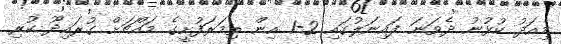
މިއަދު ކުޅުނު ދެވަނަ ފައިނަލުގައި 2-1 އިން ތިމަރަފުށީގެ މައްޗަށް ގުރައިދޫ ކުރި